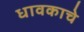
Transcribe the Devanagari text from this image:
धावकाचे